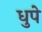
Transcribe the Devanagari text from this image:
धुपे